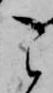
こ